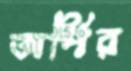
অর্পির